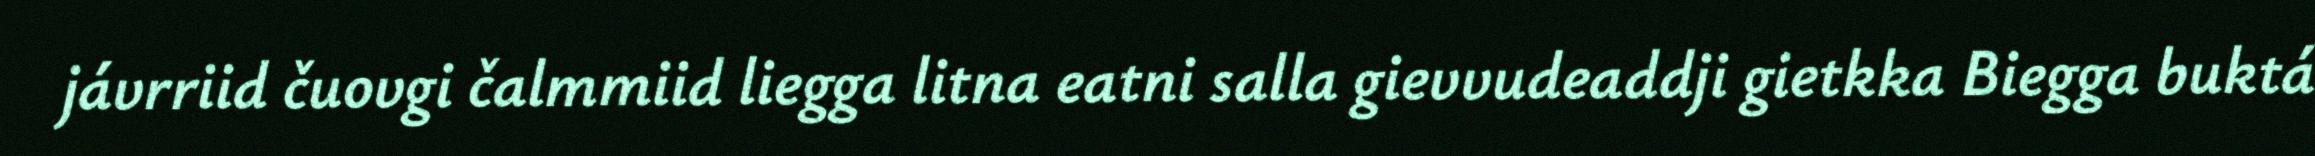
jávrriid čuovgi čalmmiid liegga litna eatni salla gievvudeaddji gietkka Biegga buktá